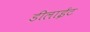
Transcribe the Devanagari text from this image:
डीलाईट